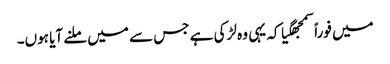
میں فوراً سمجھگیا کہ یہی وہ لڑکی ہے جس سے میں ملنے آیا ہوں۔